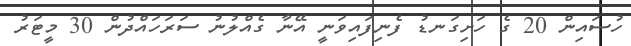
ހުސައިން 20 ގެ ހަށިގަނޑު ފެނިފައިވަނީ އޭނާ ގެއްލުނު ސަރަހައްދުން 30 މީޓަރު